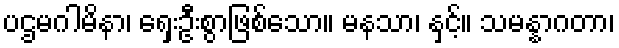
ပဌမဂါမိနာ၊ ရှေးဦးစွာဖြစ်သော။ မနသာ၊ နှင့်။ သမန္နာဂတာ၊